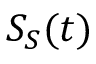
S _ { S } ( t )